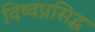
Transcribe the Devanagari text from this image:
विष्वप्रसिद्ध